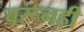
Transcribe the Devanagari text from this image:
वरूनही